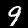
Label: 9